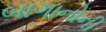
બાગાનોની